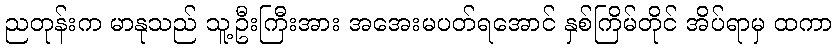
ညတုန်းက မာနုသည် သူ့ဦးကြီးအား အအေးမပတ်ရအောင် နှစ်ကြိမ်တိုင် အိပ်ရာမှ ထကာ